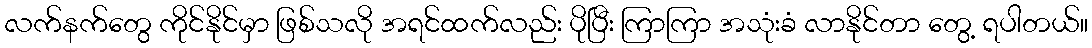
လက်နက်တွေ ကိုင်နိုင်မှာ ဖြစ်သလို အရင်ထက်လည်း ပိုပြီး ကြာကြာ အသုံးခံ လာနိုင်တာ တွေ့ ရပါတယ်။